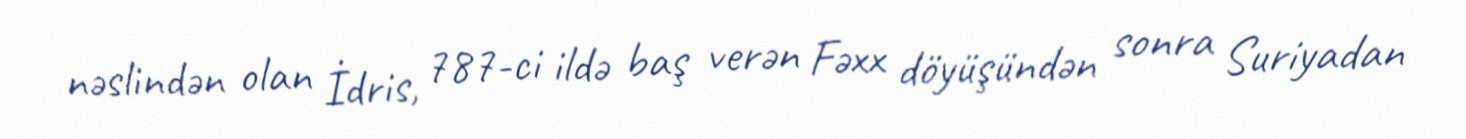
nəslindən olan İdris, 787-ci ildə baş verən Fəxx döyüşündən sonra Suriyadan